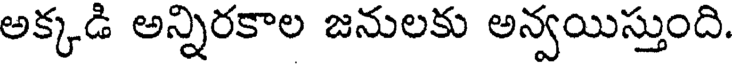
అక్కడి అన్నిరకాల జనులకు అన్వయిస్తుంది.